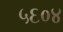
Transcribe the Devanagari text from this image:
५६०४